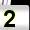
Digit: 2